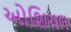
ઓશિયલ